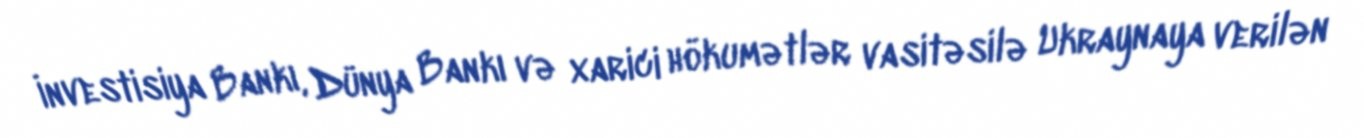
İnvestisiya Bankı, Dünya Bankı və xarici hökumətlər vasitəsilə Ukraynaya verilən